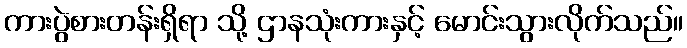
ကားပွဲစားတန်းရှိရာ သို့ ဌာနသုံးကားနှင့် မောင်းသွားလိုက်သည်။